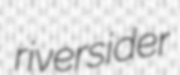
riversider